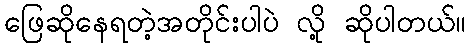
ဖြေဆိုနေရတဲ့အတိုင်းပါပဲ လို့ ဆိုပါတယ်။